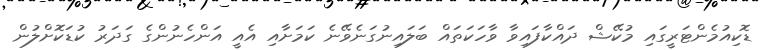
ޑޮކިއުމެންޓަރީގައި މުކޭޝް ދައްކާފައިވާ ވާހަކަތައް ބަލައިނުގަނެވޭނެ ކަމަށާއި އެއީ އަންހެނުންގެ ގަދަރު ކުޑަކޮށްލުން